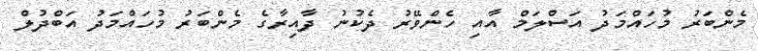
މެންބަރު މުހައްމަދު އަސްލަމް އާއި ހެންވޭރު ދެކުނު ދާއިރާގެ މެންބަރު މުހައްމަދު އަބްދުލް